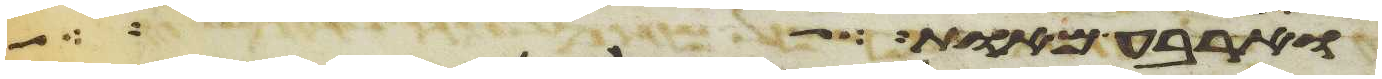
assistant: וארבע מאות כל